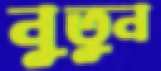
নুতুন